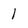
Character: 1